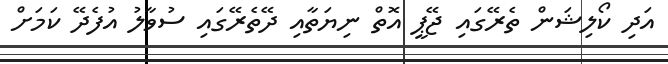
އަދި ކޯލިޝަން ތެރޭގައި ޖޭޕީ އޮތް ނިޔަތާއި ދޭތެރޭގައި ސުވާލު އުފެދޭ ކަމަށް